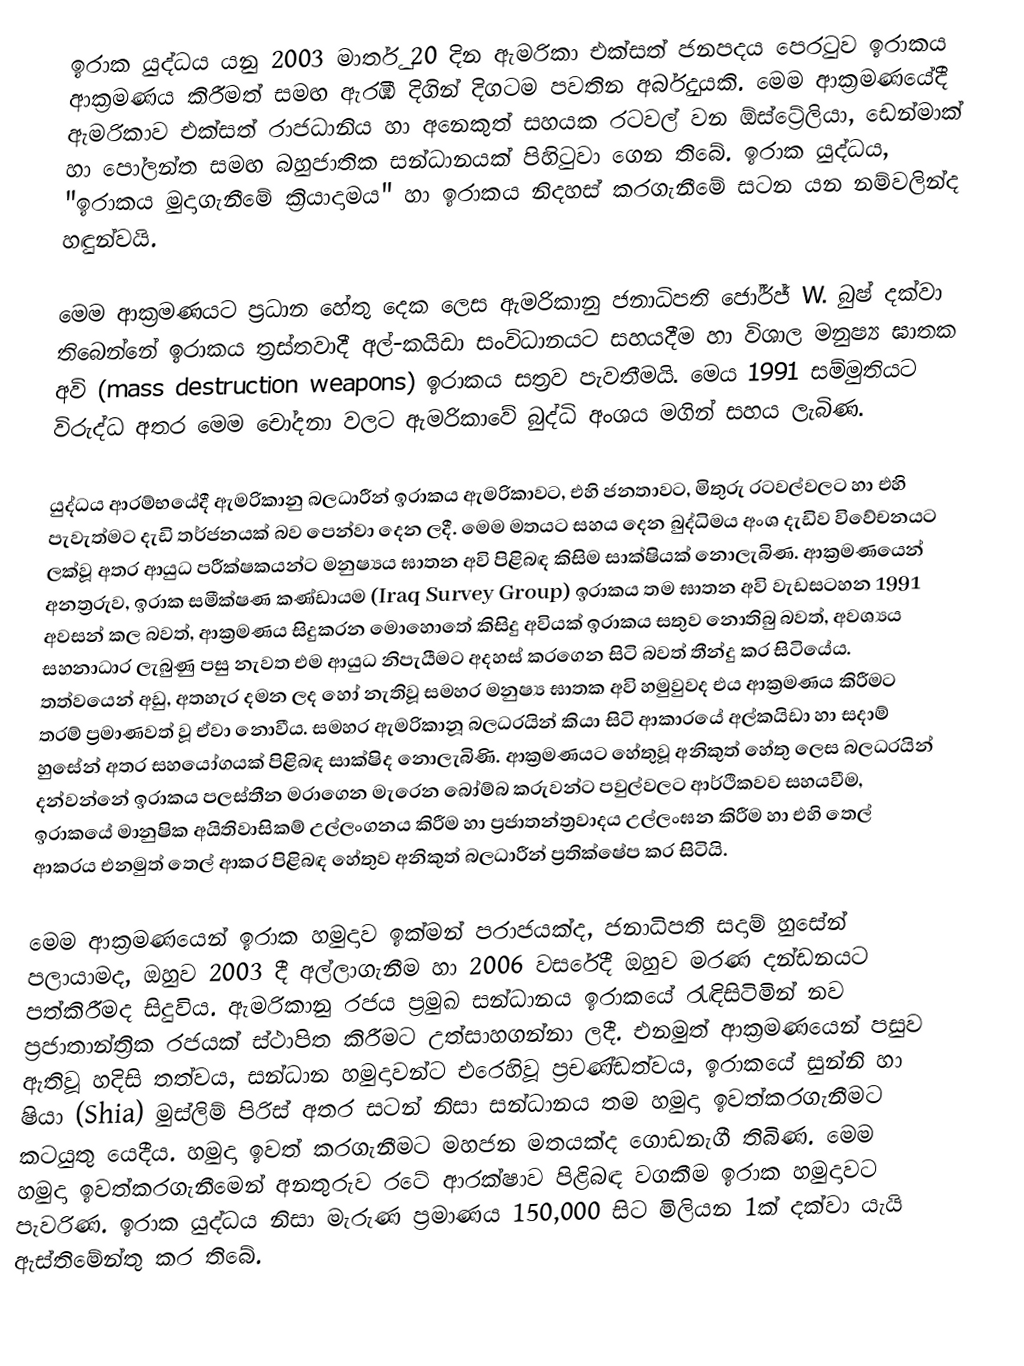
ඉරාක යුද්ධය යනු 2003 මාර්තු 20 දින ඇමරිකා එක්සත් ජනපදය පෙරටුව ඉරාකය ආක්‍රමණය කිරීමත් සමඟ ඇරඹි දිගින් දිගටම පවතින අර්බුදයකි. මෙම ආක්‍රමණයේදී ඇමරිකාව එක්සත් රාජධානිය හා අනෙකුත් සහයක රටවල් වන ඕස්ට්‍රේලියා, ඩෙන්මාක් හා පෝලන්ත සමඟ බහුජාතික සන්ධානයක් පිහිටුවා ගෙන තිබේ. ඉරාක යුද්ධය, "ඉරාකය මුදාගැනීමේ ක්‍රියාදාමය" හා ඉරාකය නිදහස් කරගැනීමේ සටන යන නම්වලින්ද හඳුන්වයි.

මෙම ආක්‍රමණයට ප්‍රධාන හේතු දෙක ලෙස ඇමරිකානු ජනාධිපති ජෝර්ජ් W. බුෂ් දක්වා තිබෙන්නේ ඉරාකය ත්‍රස්තවාදී අල්-කයිඩා සංවිධානයට සහයදීම හා විශාල මනුෂ්‍ය ඝාතක අවි (mass destruction weapons) ඉරාකය සත්‍රව පැවතීමයි. මෙය 1991 සම්මුතියට විරුද්ධ අතර මෙම චෝදනා වලට ඇමරිකාවේ බුද්ධි අංශය මගින් සහය ලැබිණ.

යුද්ධය ආරම්භයේදී ඇමරිකානු බලධාරීන් ඉරාකය ඇමරිකාවට, එහි ජනතාවට, මිතුරු රටවල්වලට හා එහි පැවැත්මට දැඩි තර්ජනයක් බව පෙන්වා දෙන ලදී. මෙම මතයට සහය දෙන බුද්ධිමය අංශ දැඩිව විවේචනයට ලක්වූ අතර ආයුධ පරීක්ෂකයන්ට මනුෂ්‍යය ඝාතන අවි පිළිබඳ කිසිම සාක්ෂියක් නොලැබිණ. ආක්‍රමණයෙන් අනත්‍රරුව, ඉරාක සමීක්ෂණ කණ්ඩායම (Iraq Survey Group) ඉරාකය තම ඝාතන අවි වැඩසටහන 1991 අවසන් කල බවත්, ආක්‍රමණය සිදුකරන මොහොතේ කිසිදු අවියක් ඉරාකය සතුව නොතිබු බවත්, අවශ්‍යය සහනාධාර ලැබුණු පසු නැවත එම ආයුධ නිපැයීමට අදහස් කරගෙන සිටි බවත් තීන්දු කර සිටියේය. තත්වයෙන් අඩු, අතහැර දමන ලද හෝ නැතිවූ සමහර මනුෂ්‍ය ඝාතක අවි හමුවුවද එය ආක්‍රමණය කිරීමට තරම් ප්‍රමාණවත් වූ ඒවා නොවීය. සමහර ඇමරිකානූ බලධරයින් කියා සිටි ආකාරයේ අල්කයිඩා හා සදාම් හුසේන් අතර සහයෝගයක් පිළිබඳ සාක්ෂිද නොලැබිණි. ආක්‍රමණයට හේතුවූ අනිකුත් හේතු ලෙස බලධරයින් දන්වන්නේ ඉරාකය පලස්තීන මරාගෙන මැරෙන බෝම්බ කරුවන්ට පවුල්වලට ආර්ථිකවව සහයවීම, ඉරාකයේ මානුෂික අයිතිවාසිකම් උල්ලංගනය කිරීම හා ප්‍රජාතන්ත්‍රවාදය උල්ලංඝන කිරීම හා එහි තෙල් ආකරය එනමුත් තෙල් ආකර පිළිබඳ හේතුව අනිකුත් බලධාරීන් ප්‍රතික්ෂේප කර සිටියි.

මෙම ආක්‍රමණයෙන් ඉරාක හමුදාව ඉක්මන් පරාජයක්ද, ජනාධිපති සදාම් හ‍ුසේන් පලායාමද, ඔහුව 2003 දී අල්ලාගැනීම හා 2006 වසරේදී ඔහුව මරණ දන්ඩනයට පත්කිරීමද සිදුවිය. ඇමරිකානු රජය ප්‍රමුඛ සන්ධානය ඉරාකයේ රැඳිසිටිමින් නව ප්‍රජාතාන්ත්‍රික රජයක් ස්ථාපිත කිරීමට උත්සාහගන්නා ලදී. එනමුත් ආක්‍රමණයෙන් පසුව ඇතිවූ හදිසි තත්වය, සන්ධාන හමුදාවන්ට එරෙහිවූ ප්‍රචණ්ඩත්වය, ඉරාකයේ සුන්නි හා ෂියා (Shia) මුස්ලිම් පිරිස් අතර සටන් නිසා සන්ධානය තම හමුදා ඉවත්කරගැනීමට කටයුතු යෙදීය. හමුදා ඉවත් කරගැනීමට මහජන මතයක්ද ගොඩනැගී තිබිණ. මෙම හමුදා ඉවත්කරගැනීමෙන් අනතුරුව රටේ ආරක්ෂාව පිළිබඳ වගකීම ඉරාක හමුදාවට පැවරිණ. ඉරාක යුද්ධය නිසා මැරුණ ප්‍රමාණය 150,000 සිට මිලියන 1ක් දක්වා යැයි ඇස්තිමේන්තු කර තිබේ.